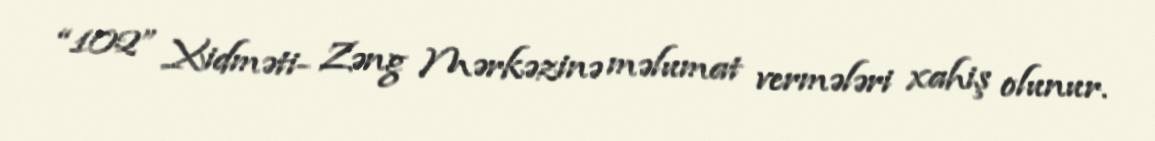
“102” Xidməti- Zəng Mərkəzinə məlumat vermələri xahiş olunur.